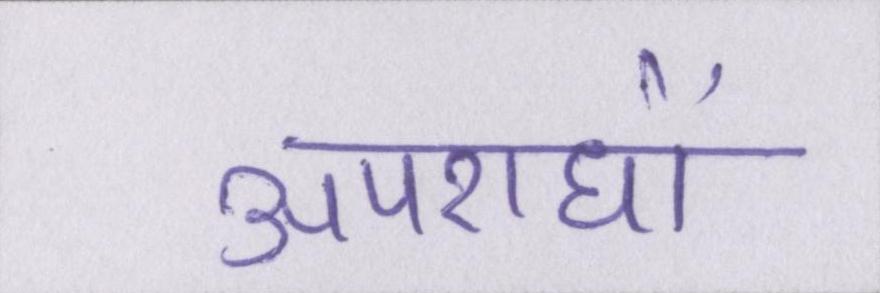
अपराधों